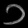
Digit: ၁